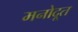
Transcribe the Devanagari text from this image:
मनोदूत